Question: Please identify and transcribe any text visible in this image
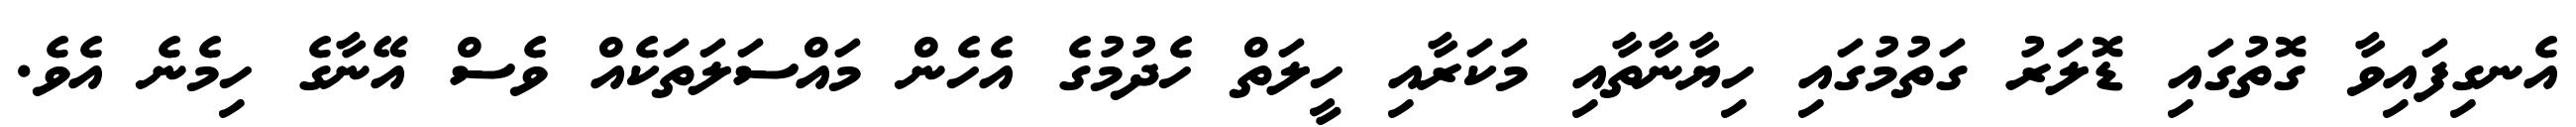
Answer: އެނގިފައިވާ ގޮތުގައި ޑޮލަރު ގަތުމުގައި ހިޔާނާތާއި މަކަރާއި ހީލަތް ހެދުމުގެ އެހެން މައްސަލަތަކެއް ވެސް އޭނާގެ ހިމެނެ އެވެ.